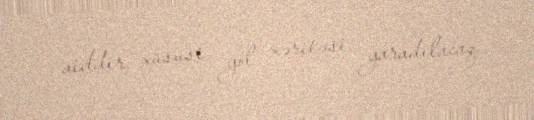
aiddir, xüsusi yol xəritəsi yaradılacaq.